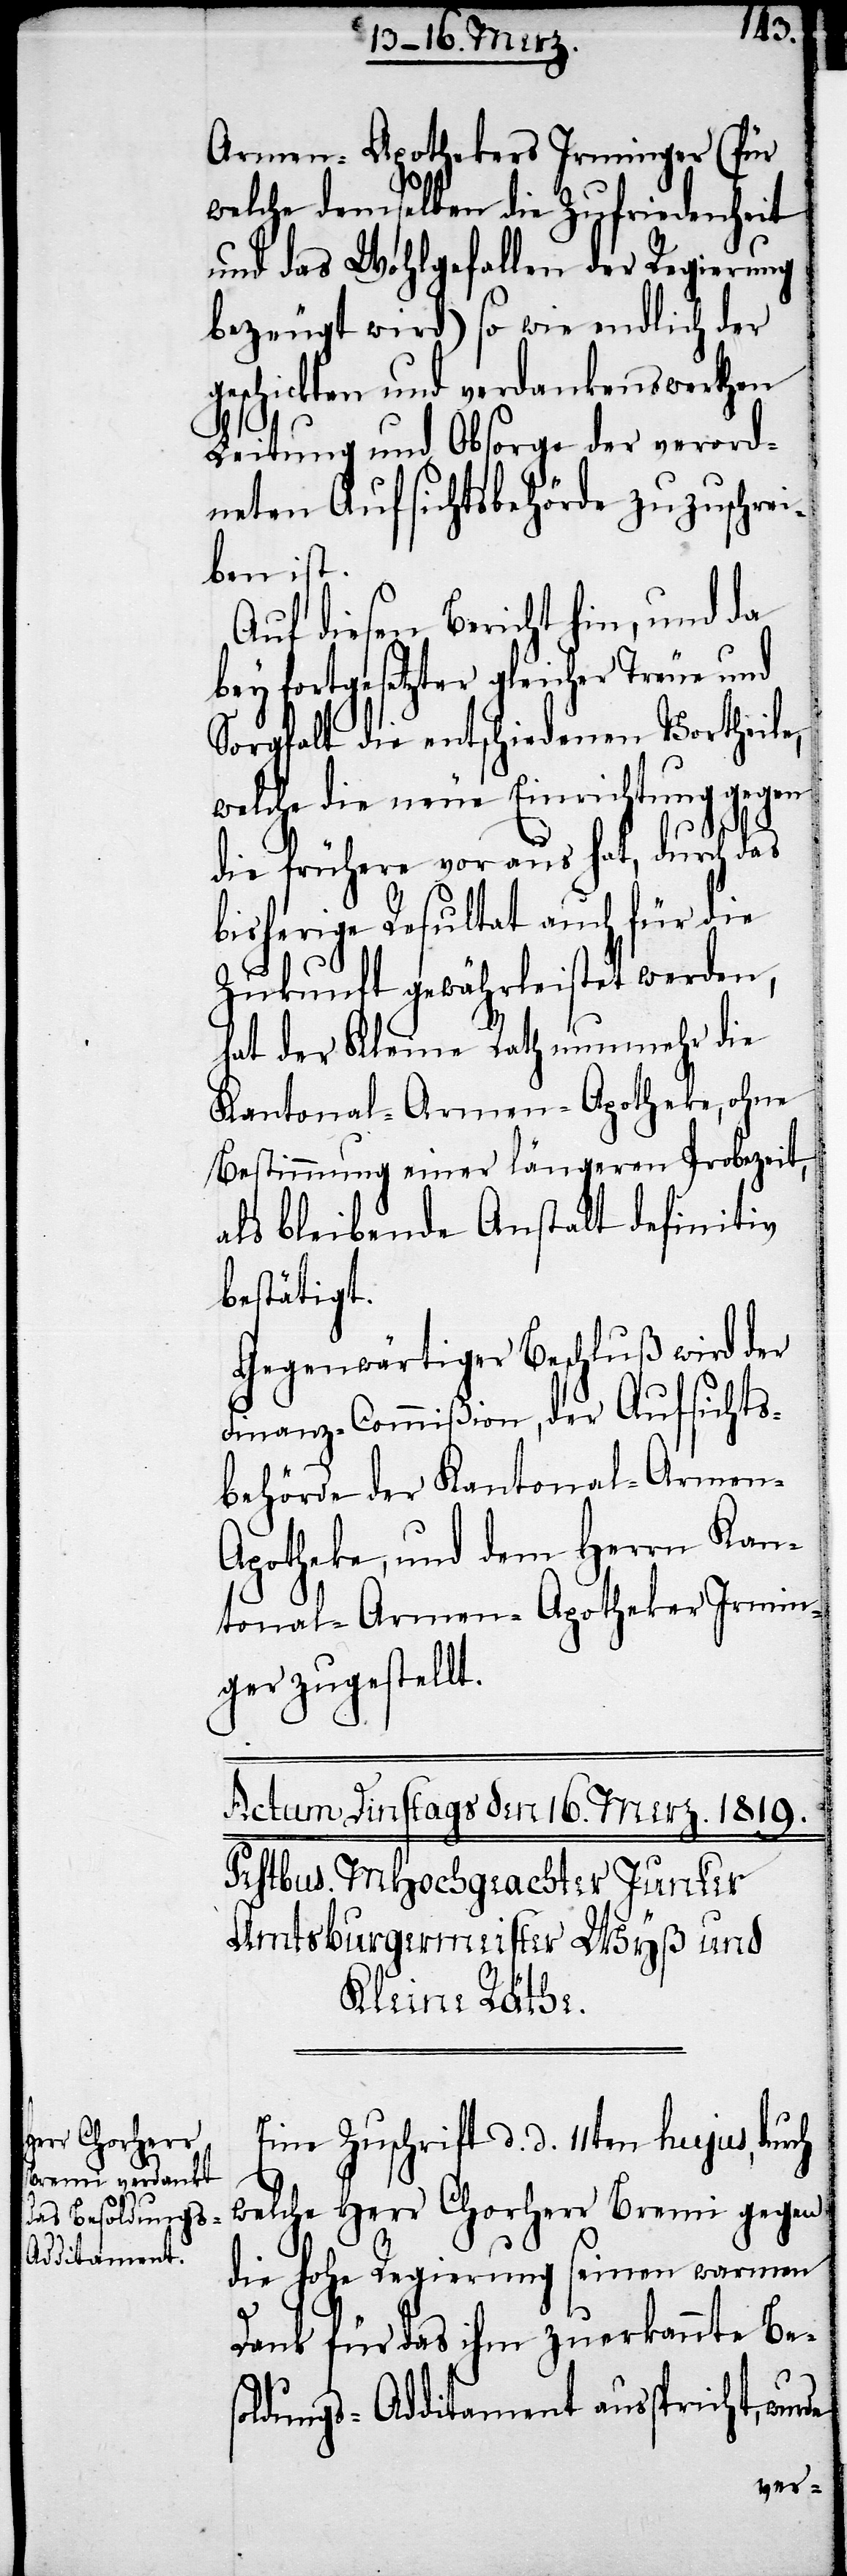
Armen-Apothekers Irminger (für
welche demselben die Zufriedenheit
und das Wohlgefallen der Regierung
bezeugt wird) so wie endlich der
geschickten und verdankenswerthen
Leitung und Obsorge der verord¬
neten Aufsichtsbehörde zuzuschrei¬
ben ist.
Auf diesen Bericht hin, und da
bey fortgesetzter gleicher Treue und
Sorgfalt die entschiedenen Vortheile,
welche die neue Einrichtung gegen
die frühere voraus hat, durch das
bisherige Resultat auch für die
Zukunft gewährleistet werden,
hat der Kleine Rath nunmehr die
Kantonal-Armen-Apotheke, ohne
Bestimmung einer längeren Probezeit,
als bleibende Anstalt definitiv
bestätigt.
Gegenwärtiger Beschluß wird der
Finanz-Commißion, der Aufsichts¬
behörde der Kantonal-Armen-A¬
potheke, und dem Herrn Kan¬
tonal-Armen-Apotheker Irmin¬
ger zugestellt.
Eine Zuschrift d. d. 11ten hujus, durch
welche Herr Chorherr Bremi gegen
die hohe Regierung seinen warmen
Dank für das ihm zuerkannte Bes¬
oldungs-Additament ausspricht,